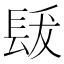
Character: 𨱳